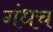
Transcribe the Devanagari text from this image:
गंधच